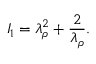
I _ { 1 } = \lambda _ { \rho } ^ { 2 } + \frac { 2 } { \lambda _ { \rho } } .